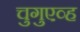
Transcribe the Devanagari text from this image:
चुगुएव्ह